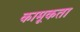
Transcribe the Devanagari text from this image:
कामूकता